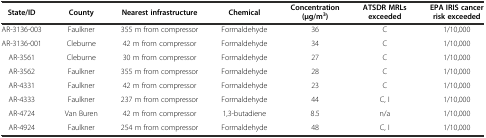
<table><thead><tr><td><b>State/ID</b></td><td><b>County</b></td><td><b>Nearest infrastructure</b></td><td><b>Chemical</b></td><td><b>Concentration (μg/m<sup>3</sup>)</b></td><td><b>ATSDR MRLs exceeded</b></td><td><b>EPA IRIS cancer risk exceeded</b></td></tr></thead><tbody><tr><td>AR-3136-003</td><td>Faulkner</td><td>355 m from compressor</td><td>Formaldehyde</td><td>36</td><td>C</td><td>1/10,000</td></tr><tr><td>AR-3136-001</td><td>Cleburne</td><td>42 m from compressor</td><td>Formaldehyde</td><td>34</td><td>C</td><td>1/10,000</td></tr><tr><td>AR-3561</td><td>Cleburne</td><td>30 m from compressor</td><td>Formaldehyde</td><td>27</td><td>C</td><td>1/10,000</td></tr><tr><td>AR-3562</td><td>Faulkner</td><td>355 m from compressor</td><td>Formaldehyde</td><td>28</td><td>C</td><td>1/10,000</td></tr><tr><td>AR-4331</td><td>Faulkner</td><td>42 m from compressor</td><td>Formaldehyde</td><td>23</td><td>C</td><td>1/10,000</td></tr><tr><td>AR-4333</td><td>Faulkner</td><td>237 m from compressor</td><td>Formaldehyde</td><td>44</td><td>C, I</td><td>1/10,000</td></tr><tr><td>AR-4724</td><td>Van Buren</td><td>42 m from compressor</td><td>1,3-butadiene</td><td>8.5</td><td>n/a</td><td>1/10,000</td></tr><tr><td>AR-4924</td><td>Faulkner</td><td>254 m from compressor</td><td>Formaldehyde</td><td>48</td><td>C, I</td><td>1/10,000</td></tr></tbody></table>